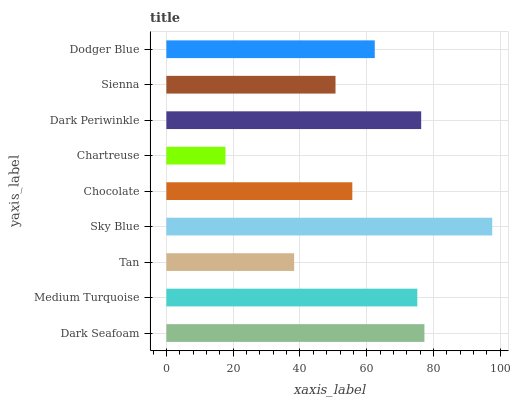
| yaxis_label | bars |
 | --- | --- |
 | Dark Seafoam | 77.3 |
 | Medium Turquoise | 75.1 |
 | Tan | 38.3 |
 | Sky Blue | 97.6 |
 | Chocolate | 55.7 |
 | Chartreuse | 17.7 |
 | Dark Periwinkle | 76.3 |
 | Sienna | 50.7 |
 | Dodger Blue | 62.4 |